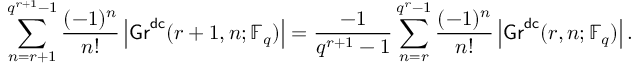
\sum _ { n = r + 1 } ^ { q ^ { r + 1 } - 1 } \frac { ( - 1 ) ^ { n } } { n ! } \left| \mathsf { G r } ^ { \mathsf { d c } } ( r + 1 , n ; \mathbb { F } _ { q } ) \right| = \frac { - 1 } { q ^ { r + 1 } - 1 } \sum _ { n = r } ^ { q ^ { r } - 1 } \frac { ( - 1 ) ^ { n } } { n ! } \left| \mathsf { G r } ^ { \mathsf { d c } } ( r , n ; \mathbb { F } _ { q } ) \right| .